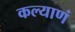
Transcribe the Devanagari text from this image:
कल्याणं